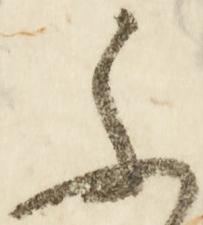
不